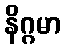
နိဂ္ဂမာ